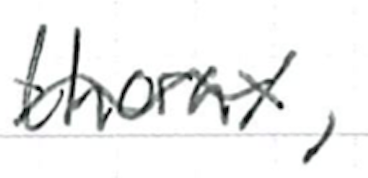
Text: thorax,
Cross-out: wave
Writing tool: ballpoint